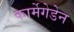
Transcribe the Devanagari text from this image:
कार्मेगेडेन